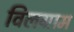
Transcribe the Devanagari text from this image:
विलग्राम